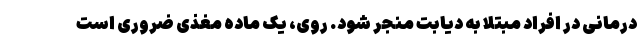
درمانی در افراد مبتلا به دیابت منجر شود. روی، یک ماده مغذی ضروری است